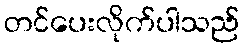
တင်ပေးလိုက်ပါသည်